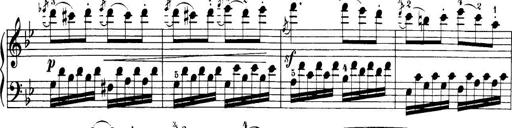
Title: 32 Sonatinas and Rondos for the Piano
Composer: Richard Kleinmichel